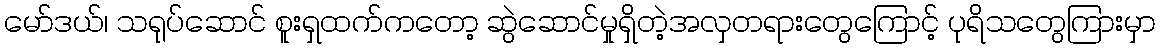
မော်ဒယ်၊ သရုပ်ဆောင် စူးရှထက်ကတော့ ဆွဲဆောင်မှုရှိတဲ့အလှတရားတွေကြောင့် ပုရိသတွေကြားမှာ